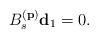
LaTeX: \begin{align*}B_s^{({\bf p})}{\bf d}_1=0.\end{align*}